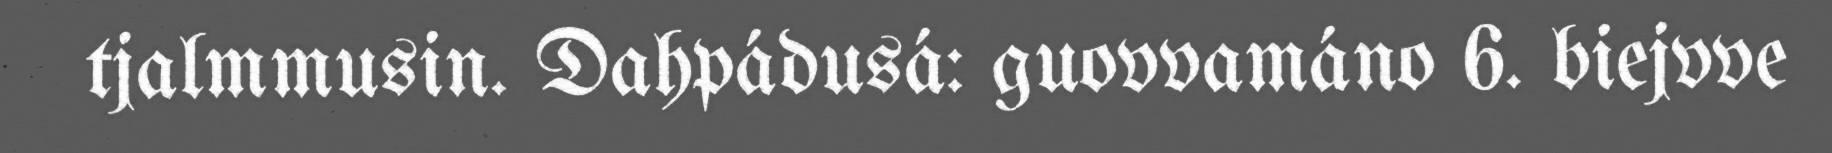
tjalmmusin. Dahpádusá: guovvamáno 6. biejvve